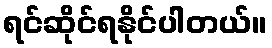
ရင်ဆိုင်ရနိုင်ပါတယ်။